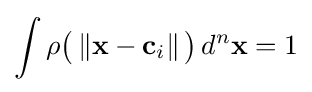
\int \rho {\big (}\left\Vert \mathbf {x} -\mathbf {c} _{i}\right\Vert {\big )}\,d^{n}\mathbf {x} =1